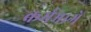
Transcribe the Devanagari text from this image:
कर्मभागें